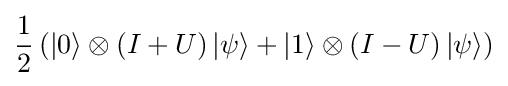
{\frac {1}{2}}\left(\left|0\right\rangle \otimes (I+U)\left|\psi \right\rangle +\left|1\right\rangle \otimes (I-U)\left|\psi \right\rangle \right)